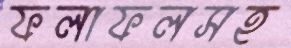
ফলাফলসহ